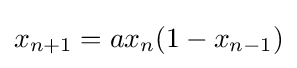
{\displaystyle x_{n+1}=ax_{n}(1-x_{n-1})}